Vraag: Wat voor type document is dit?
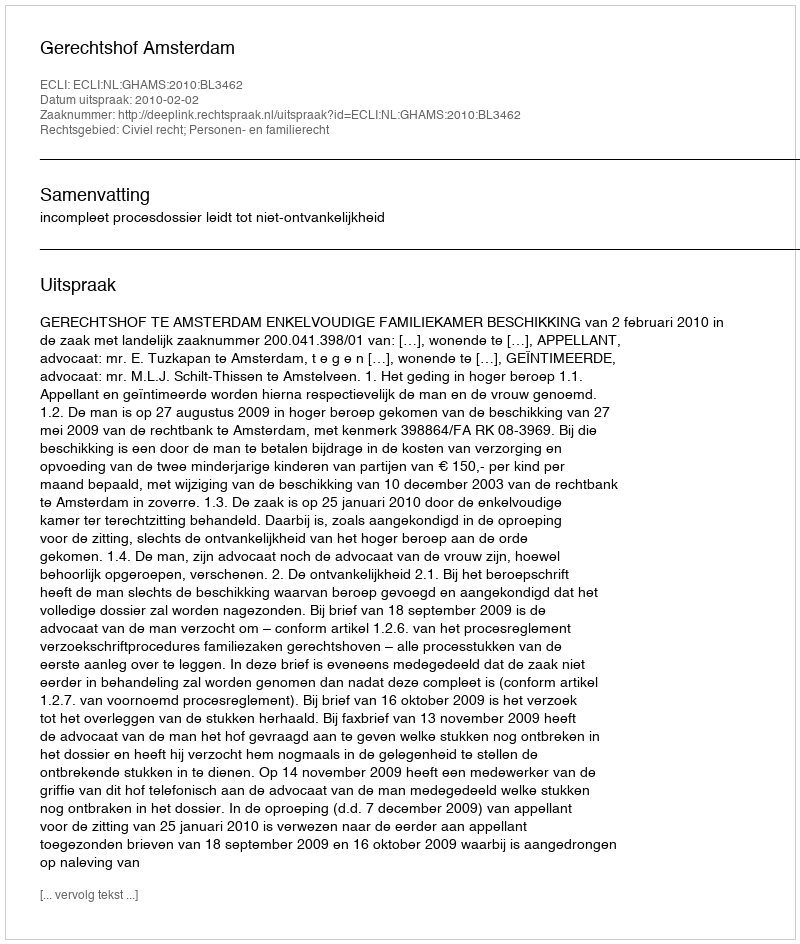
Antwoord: Uitspraak